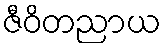
ဇီဝိတညာယ